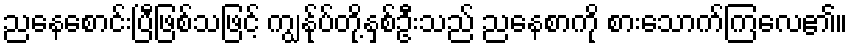
ညနေစောင်းပြီဖြစ်သဖြင့် ကျွန်ုပ်တို့နှစ်ဦးသည် ညနေစာကို စားသောက်ကြလေ၏။